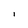
Character: 1